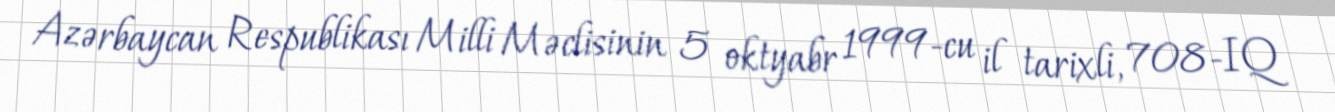
Azərbaycan Respublikası Milli Məclisinin 5 oktyabr 1999-cu il tarixli, 708-IQ